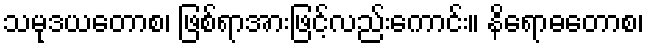
သမုဒယတောစ၊ ဖြစ်ရာအားဖြင့်လည်းကောင်း။ နိရောဓတောစ၊